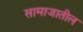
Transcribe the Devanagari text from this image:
सामाजातील